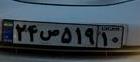
۲۴ص۵۱۹۱۰